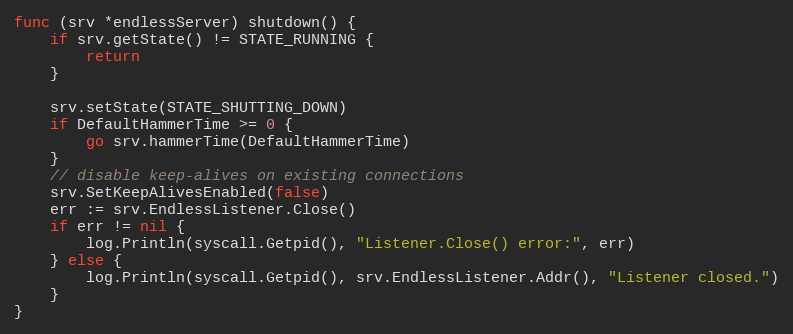
Language: Go
func (srv *endlessServer) shutdown() {
	if srv.getState() != STATE_RUNNING {
		return
	}

	srv.setState(STATE_SHUTTING_DOWN)
	if DefaultHammerTime >= 0 {
		go srv.hammerTime(DefaultHammerTime)
	}
	// disable keep-alives on existing connections
	srv.SetKeepAlivesEnabled(false)
	err := srv.EndlessListener.Close()
	if err != nil {
		log.Println(syscall.Getpid(), "Listener.Close() error:", err)
	} else {
		log.Println(syscall.Getpid(), srv.EndlessListener.Addr(), "Listener closed.")
	}
}